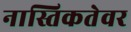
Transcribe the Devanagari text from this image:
नास्तिकतेवर